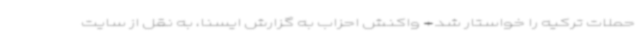
حملات ترکیه را خواستار شد+ واکنش احزاب به گزارش ایسنا، به نقل از سایت